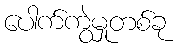
ပေါက်ကွဲမှုတစ်ခု